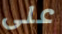
على